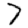
Digit: 7